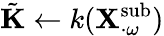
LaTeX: \tilde{\mathbf{K}}\gets k(\mathbf{X}_{\cdot\omega}^{\mathrm{sub}})